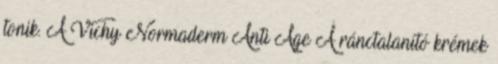
tonik. A Vichy Normaderm Anti Age A ránctalanító krémek